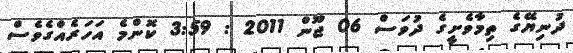
ދުނިޔޭގެ ތިމާވެށީގެ ދުވަސް 06 ޖޫން 2011 : 3:59 ކޮންމެ އަހަރެއްގެވެސް